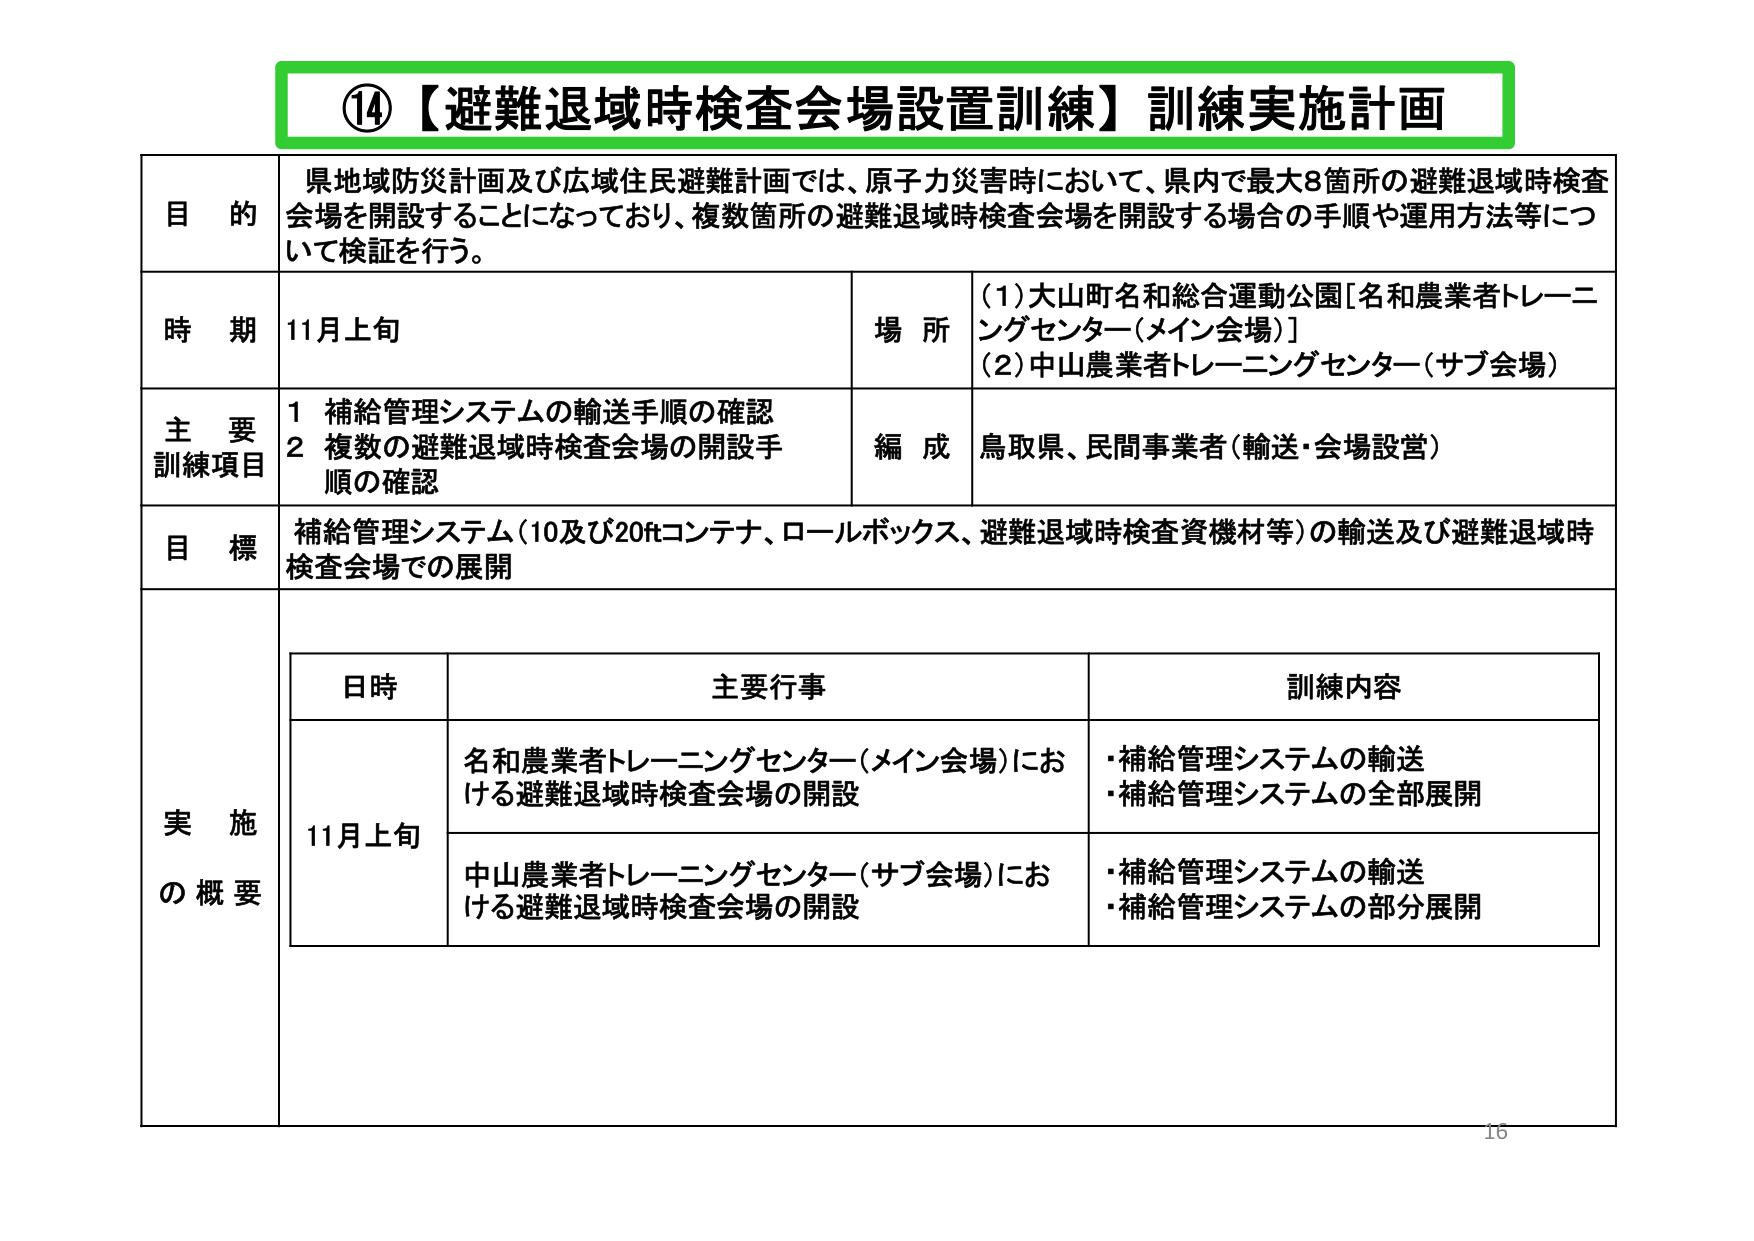
⑭【避難退域時検査会場設置訓練】訓練実施計画

目的
県地域防災計画及び広域住民避難計画では、原子力災害時において、県内で最大8箇所の避難退域時検査会場を開設することになっており、複数箇所の避難退域時検査会場を開設する場合の手順や運用方法等について検証を行う。

時期
11月上旬

場所
(1)大山町名和総合運動公園[名和農業者トレーニングセンター(メイン会場)]
(2)中山農業者トレーニングセンター(サブ会場)

主要訓練項目
1 補給管理システムの輸送手順の確認
2 複数の避難退域時検査会場の開設手順の確認

編成
鳥取県、民間事業者(輸送・会場設営)

目標
補給管理システム(10及び20ftコンテナ、ロールボックス、避難退域時検査資機材等)の輸送及び避難退域時検査会場での展開

実施の概要

日時 主要行事 訓練内容
11月上旬 名和農業者トレーニングセンター(メイン会場)における避難退域時検査会場の開設
・補給管理システムの輸送
・補給管理システムの全部展開
中山農業者トレーニングセンター(サブ会場)における避難退域時検査会場の開設
・補給管理システムの輸送
・補給管理システムの部分展開

16